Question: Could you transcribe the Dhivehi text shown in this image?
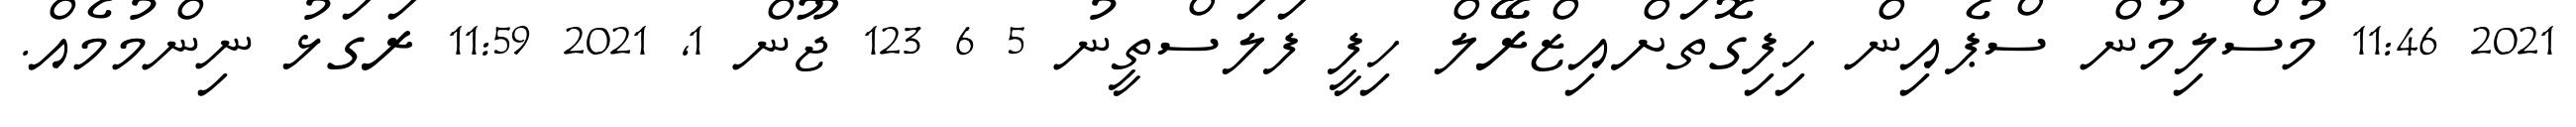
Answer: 2021 11:46 މުސްލިމުން ސްޕެއިން ހިފިގޮތަށްއިޒްރޭލް ހިފީ ފަލަސްތީނު 5 6 123 ޖޫން 1, 2021 11:59 ރަގަޅު ނިންމުމެއް.